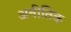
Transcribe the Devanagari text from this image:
अनीतिक